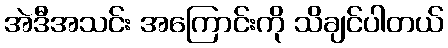
အဲဒီအသင်း အကြောင်းကို သိချင်ပါတယ်